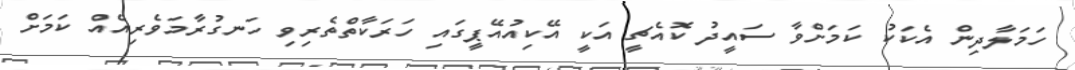
ހަމަލާދިން އެކަކު ކަމަށްވާ ސައީދު ކޮއެޗީ އަކީ އޭކިއުއޭޕީގައި ހަރަކާތްތެރިވި ހަނގުރާމަވެރިއެއް ކަމަށް